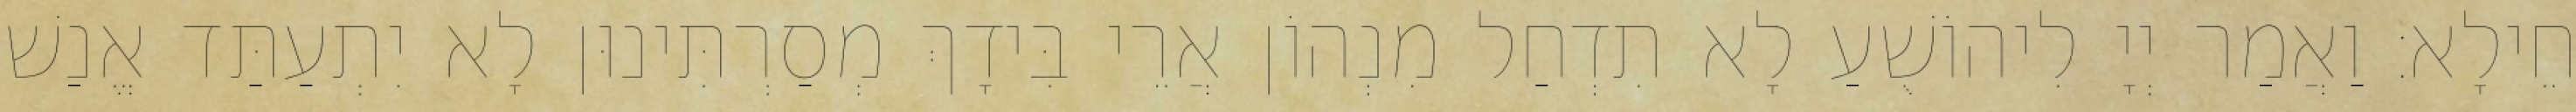
חֵילָא׃ וַאֲמַר יְיָ לִיהוֹשֻׁעַ לָא תִדְחַל מִנְהוֹן אֲרֵי בִּידָךְ מְסַרְתִּינוּן לָא יִתְעַתַּד אֱנַשׁ